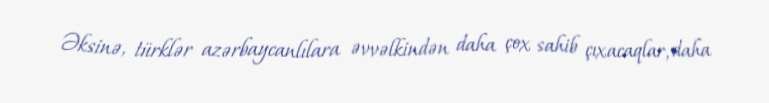
Əksinə, türklər azərbaycanlılara əvvəlkindən daha çox sahib çıxacaqlar, daha